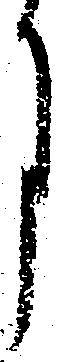
月